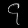
Digit: ၄